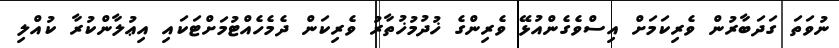
ނުވަތަ ގަދަބާރުން ވެރިކަމަށް އިސްވެގެންއުޅޭ ވެރިންގެ ޚުދުމުޚުތާރު ވެރިކަން ދެމެހެއްޓުމަށްޓަކައި އިޢުލާންކުރާ ކުއްލި